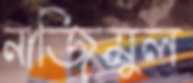
নাজিমুল